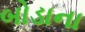
બોડાના